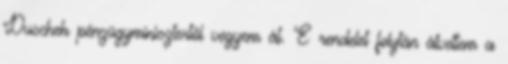
Duschek pénzügyminisztertől vegyem át. E rendelet folytán átvettem a